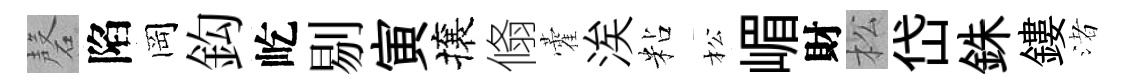
磬陷岡鈎屹剔寅攘翛藿涘粘松嵋財松岱銖鏤渚